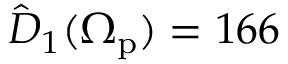
\hat { D } _ { 1 } ( \Omega _ { \mathrm { p } } ) = 1 6 6